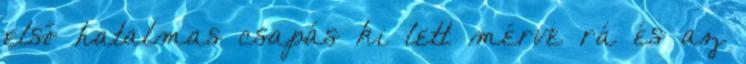
első hatalmas csapás ki lett mérve rá és az